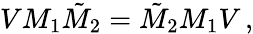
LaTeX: VM_{1}\tilde{M}_{2}=\tilde{M}_{2}M_{1}V\, ,